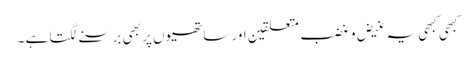
کبھی کبھی یہ غیض و غضب متعلقین اور ساتھیوں پر بھی برسنے لگتا ہے ۔